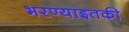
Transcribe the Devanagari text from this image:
भरण्याइतकी